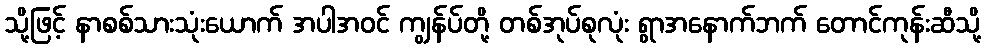
သို့ဖြင့် နာစစ်သားသုံးယောက် အပါအဝင် ကျွန်ပ်တို့ တစ်အုပ်စုလုံး ရွာအနောက်ဘက် တောင်ကုန်းဆီသို့